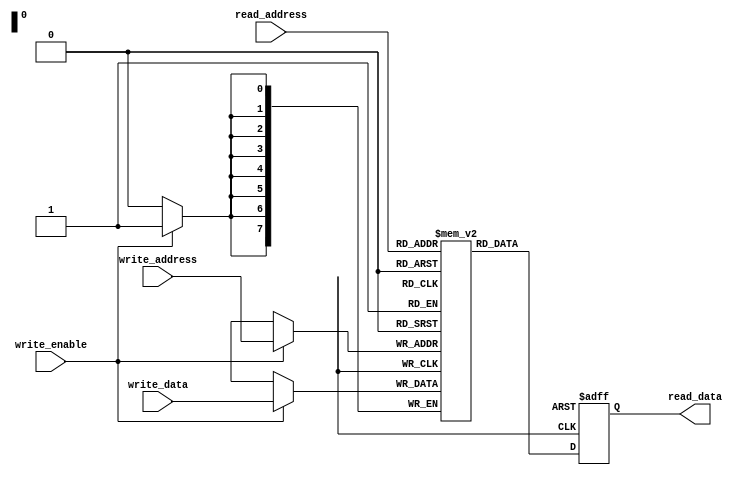
module dual_port_register_file(
    input wire [7:0] read_address,
    output reg [7:0] read_data,
    input wire [7:0] write_address,
    input wire [7:0] write_data,
    input wire write_enable
);

reg [7:0] register_file [0:255];

// Read port
always @ (posedge clk or posedge reset)
begin
    if (reset)
        read_data <= 8'h00;
    else
        read_data <= register_file[read_address];
end

// Write port
always @ (posedge clk)
begin
    if (write_enable)
        register_file[write_address] <= write_data;
end

endmodule